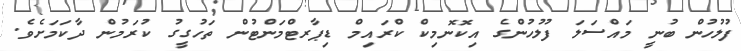
ފުލުހުން ބުނީ މައްސަލަ ފުލުހުންގެ އިކޮނޮމިކް ކްރައިމް ޑިޕާރޓްމަންޓުން ތަހުގީގު ކުރަމުން ދާކަމަށެވެ.